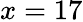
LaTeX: x=17